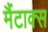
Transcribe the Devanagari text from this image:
मैंटाक्स